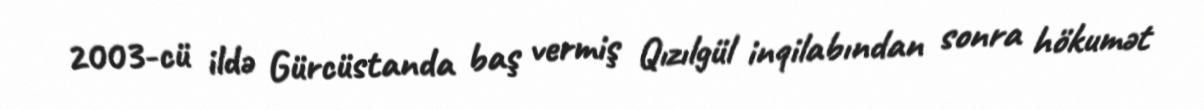
2003-cü ildə Gürcüstanda baş vermiş Qızılgül inqilabından sonra hökumət